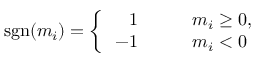
\operatorname { s g n } ( m _ { i } ) = \left\{ \begin{array} { r l r l } { \, 1 } & { { } } & { } & { { } m _ { i } \ge 0 , } \\ { \, - 1 } & { { } } & { } & { { } m _ { i } < 0 } \end{array} \right.